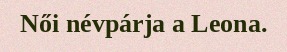
Női névpárja a Leona.